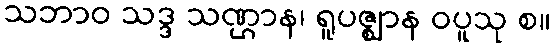
သဘာဝ သဒ္ဒ သဏ္ဌာန၊ ရူပဇ္ဈာန ဝပူသု စ။